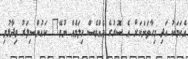
އެކަމަކު އަދި މިހާތަނަކަށް އެ ސޮރުގެ އެއްވެސް ހިލަމެއް ނުވޭ" ކައުންސިލަރު ވިދާޅުވި